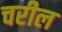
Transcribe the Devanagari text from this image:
चरील